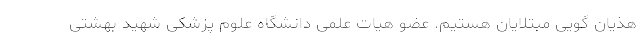
هذیان گویی مبتلایان هستیم. عضو هیات علمی دانشگاه علوم پزشکی شهید بهشتی